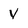
Character: v